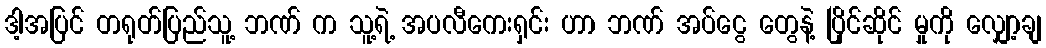
ဒါ့အပြင် တရုတ်ပြည်သူ့ ဘဏ် က သူ့ရဲ့ အပလီကေးရှင်း ဟာ ဘဏ် အပ်ငွေ တွေနဲ့ ပြိုင်ဆိုင် မှုကို လျှော့ချ